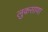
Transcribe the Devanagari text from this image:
लुकसाणा